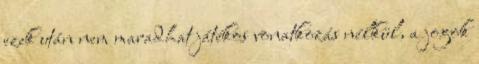
ezek után nem maradhat játékos vonatkozás nélkül, a jogok